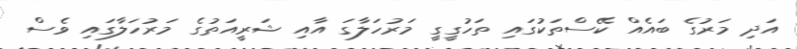
އަދި މަރުގެ ބައެއް ކޭސްތަކުގައި ތަހުގީގީ މަރުހަލާގަ އާއި ޝަރީއަތުގެ މަރުހަލާގައި ވެސް